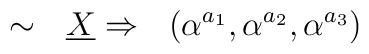
\sim~~\underline{X} \Rightarrow ~~ (\alpha^{a_1}, \alpha^{a_2},\alpha^{a_3})